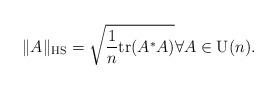
LaTeX: \begin{align*}\|A\|_\textrm{HS} = \sqrt{\frac{1}{n}\mathrm{tr}(A^* A)} \forall A \in \mathrm{U}(n).\end{align*}